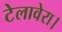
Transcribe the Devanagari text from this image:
टेलावेरा।